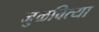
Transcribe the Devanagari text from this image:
जुळवित्या